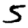
Digit: 5